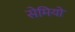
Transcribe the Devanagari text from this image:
सेमियो